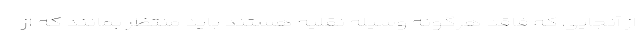
از آنجایی که فاقد هرگونه وسیله نقلیه هستند باید منتظر بمانند که از